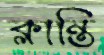
ক্লান্তি